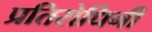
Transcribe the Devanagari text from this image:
प्रतिरोधिनी